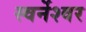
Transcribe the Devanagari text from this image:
स्वर्नेश्वर